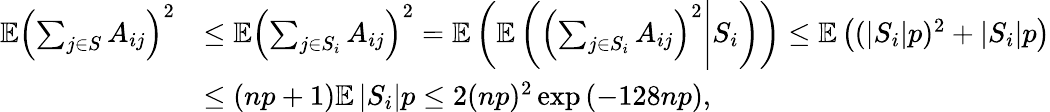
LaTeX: \begin{array}{rl}{\mathbb{E}\left(\sum_{j\in S}A_{ij}\right)^{2}}&{\leq\mathbb{E}\left(\sum_{j\in S_{i}}A_{ij}\right)^{2}=\mathbb{E}\left(\mathbb{E}\left(\left(\sum_{j\in S_{i}}A_{ij}\right)^{2}\Bigg|S_{i}\right)\right)\leq\mathbb{E}\left((\left|S_{i}\right|p)^{2}+\left|S_{i}\right|p\right)}\\ &{\leq\left(np+1\right)\mathbb{E}\left|S_{i}\right|p\leq 2(np)^{2}\exp\left(-128np\right),}\end{array}